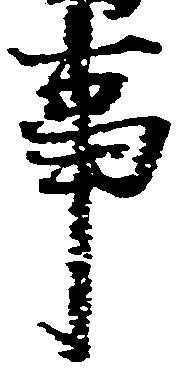
事